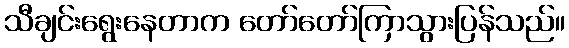
သီချင်းရွေးနေတာက တော်တော်ကြာသွားပြန်သည်။